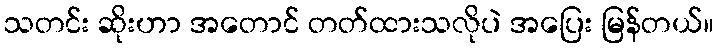
သတင်း ဆိုးဟာ အတောင် တတ်ထားသလိုပဲ အပြေး မြန်တယ်။